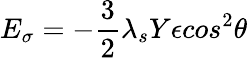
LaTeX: E_{\sigma}=-\frac{3}{2}\lambda_{s}Y\epsilon cos^{2}\theta